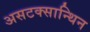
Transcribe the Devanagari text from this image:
असटक्सान्थिन